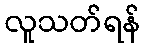
လူသတ်ရန်